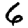
Digit: 6